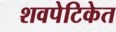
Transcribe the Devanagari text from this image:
शवपेटिकेत